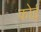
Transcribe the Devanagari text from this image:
कोई